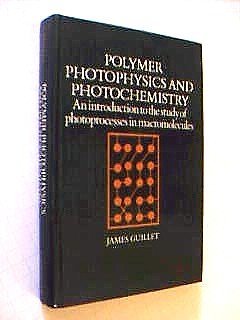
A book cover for Polymer Photophysics and Photochemistry; Guillet; Science & Math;